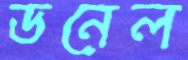
ডনেল